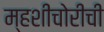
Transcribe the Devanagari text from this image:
म्हशीचोरीची